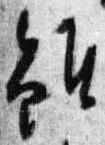
雖